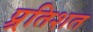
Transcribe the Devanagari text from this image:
प्र्रतिशत